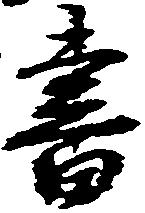
書